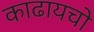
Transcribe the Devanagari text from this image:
काढायचो